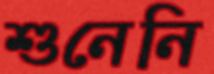
শুনেনি